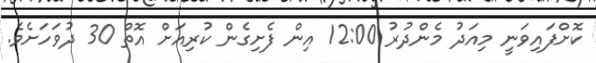
ކޮށްފައިވަނީ މިއަދު މެންދުރު 12:00 އިން ފެށިގެން ކުރިއަށް އޮތް 30 ދުވަހަށެވެ.